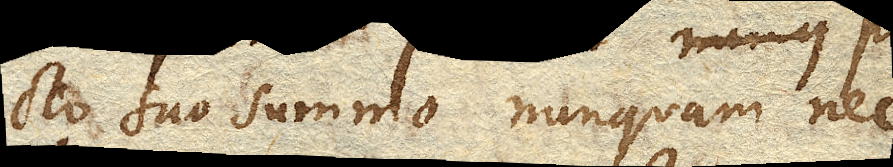
cto suo summo nunquam nec